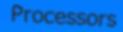
Processors